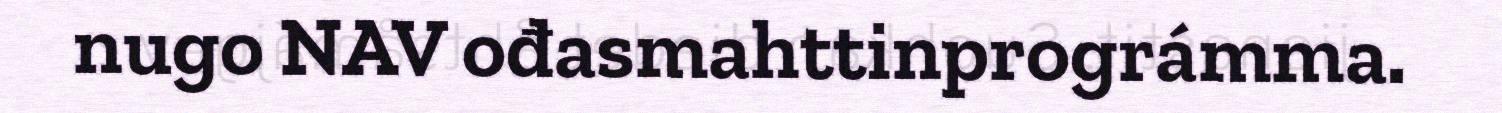
nugo NAV ođasmahttinprográmma.